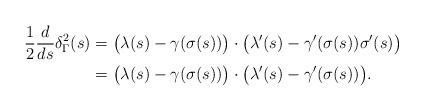
LaTeX: \begin{align*}\frac 12 \frac d{ds}\delta_\Gamma^2(s)&=\big(\lambda(s) - \gamma(\sigma(s))\big) \cdot \big( \lambda'(s) - \gamma'(\sigma(s))\sigma'(s) \big)\\&=\big(\lambda(s) - \gamma(\sigma(s))\big) \cdot \big( \lambda'(s) - \gamma'(\sigma(s))\big).\end{align*}